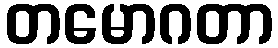
တမောဂတာ